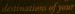
destinations of your